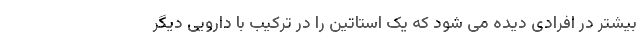
بیشتر در افرادی دیده می شود که یک استاتین را در ترکیب با دارویی دیگر